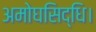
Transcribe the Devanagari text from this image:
अमोघसिद्धि।